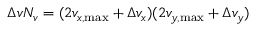
\Delta v N _ { v } = ( 2 v _ { x , \operatorname* { m a x } } + \Delta v _ { x } ) ( 2 v _ { y , \operatorname* { m a x } } + \Delta v _ { y } )